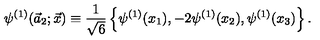
\psi ^ { ( 1 ) } ( \vec { a } _ { 2 } ; \vec { x } ) \equiv { \frac { 1 } { \sqrt { 6 } } } \left\{ \psi ^ { ( 1 ) } ( x _ { 1 } ) , - 2 \psi ^ { ( 1 ) } ( x _ { 2 } ) , \psi ^ { ( 1 ) } ( x _ { 3 } ) \right\} .